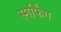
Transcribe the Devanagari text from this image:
स्मर्फिंग